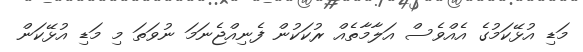
މަޑި އުޅޭކަމުގެ އެއްވެސް އަލާމާތެއް ރުކަކުން ފެނިއްޖެނަމަ ނުވަތަ މި މަޑި އުޅޭކަން